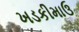
ખડકીમાઉ